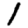
Digit: 1